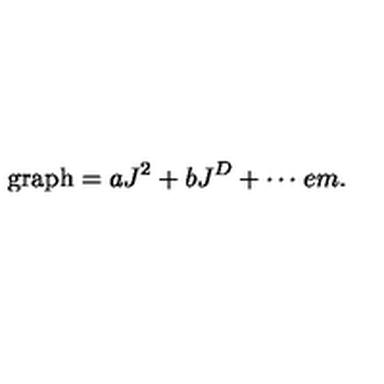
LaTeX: \mathrm { g r a p h } = a J ^ { 2 } + b J ^ { D } + \cdots \hspace * { 1 e m } .